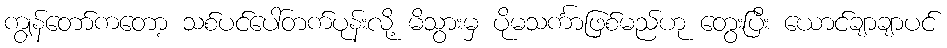
ကျွန်တော်ကတော့ သစ်ပင်ပေါ်တက်ပုန်းလို့ မိသွားမှ ပိုမသင်္ကာဖြစ်မည်ဟု တွေးပြီး ယောင်ချာချာပင်